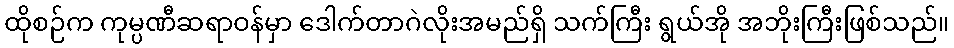
ထိုစဉ်က ကုမ္ပဏီဆရာဝန်မှာ ဒေါက်တာဂဲလိုးအမည်ရှိ သက်ကြီး ရွယ်အို အဘိုးကြီးဖြစ်သည်။